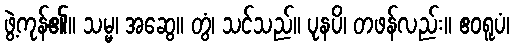
ဖွဲ့ကုန်၏။ သမ္မ၊ အဆွေ။ တွံ၊ သင်သည်။ ပုနပိ၊ တဖန်လည်း။ ဧဝရူပံ၊